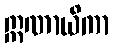
ဣဏာယိကာ